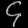
Digit: ၄